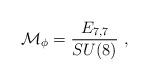
LaTeX: \begin{align*}{\cal M}_{\phi} = \frac{E_{7,7}}{SU(8)}\ ,\end{align*}